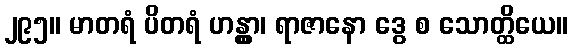
၂၉၅။ မာတရံ ပိတရံ ဟန္တွာ၊ ရာဇာနော ဒွေ စ သောတ္ထိယေ။